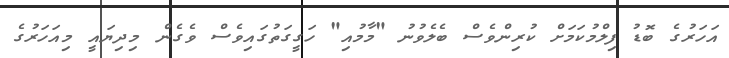
އަހަރުގެ ބޮޑު ފިލްމުކަމަށް ކުރިންވެސް ބެލެވުނު "މާމުއި" ހަގީގަތުގައިވެސް ވެގެން މިދިޔައީ މިއަހަރުގެ